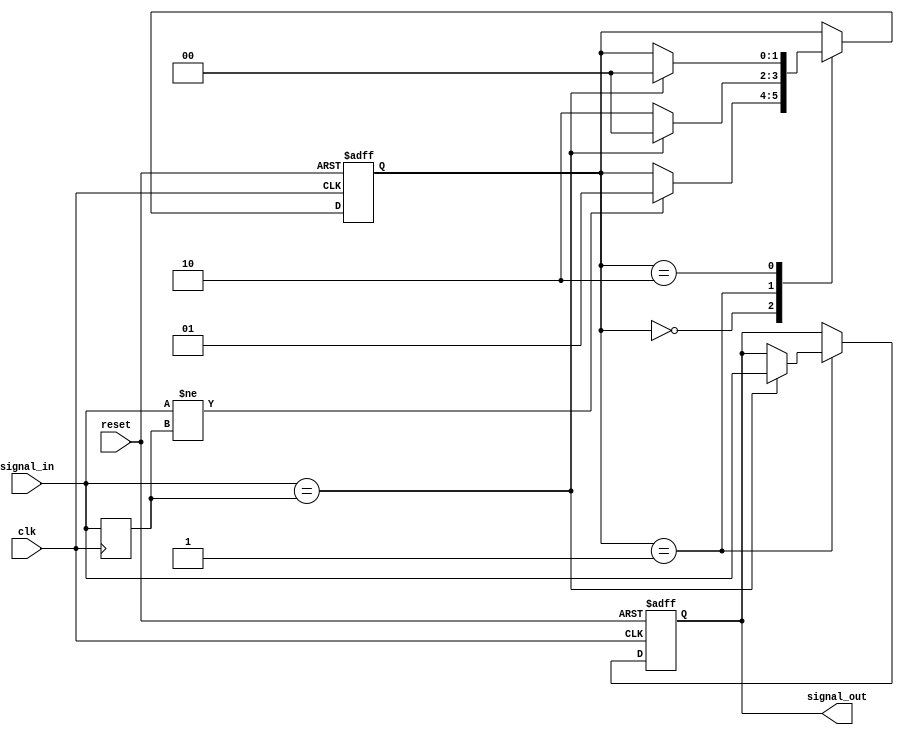
module debounce_circuit (
    input wire clk, // Clock input
    input wire reset, // Reset signal
    input wire signal_in, // Input signal to be debounced
    output reg signal_out // Output debounced signal
);

reg [1:0] state;
reg signal_prev;

parameter debounce_cycles = 3; // Number of clock cycles for debouncing

always @(posedge clk or posedge reset) begin
    if (reset) begin
        state <= 2'b00;
        signal_out <= 1'b0;
    end else begin
        case(state)
            2'b00: begin // Idle state
                if (signal_in != signal_prev) begin
                    state <= 2'b01; // Transition to check state
                end
            end
            2'b01: begin // Check state
                if (signal_in == signal_prev) begin
                    state <= 2'b00; // Transition back to idle state
                    signal_out <= signal_in; // Output debounced signal
                end else begin
                    state <= 2'b10; // Transition to debounce state
                end
            end
            2'b10: begin // Debounce state
                if (signal_in == signal_prev) begin
                    state <= 2'b00; // Transition back to idle state
                end
            end
        endcase
    end
end

always @(posedge clk) begin
    signal_prev <= signal_in;
end

endmodule